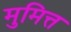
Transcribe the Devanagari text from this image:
मुमित्त